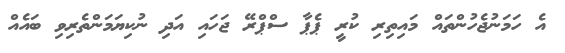
އެ ހަމަނުޖެހުންތައް މައިތިރި ކުރީ ޕެޕާ ސްޕްރޭ ޖަހައި އަދި ނުކިޔަމަންތެރިވި ބައެއް